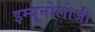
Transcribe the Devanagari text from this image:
इम्यूनोलोजी